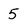
Character: 5